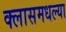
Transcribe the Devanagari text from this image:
क्लासमधल्या